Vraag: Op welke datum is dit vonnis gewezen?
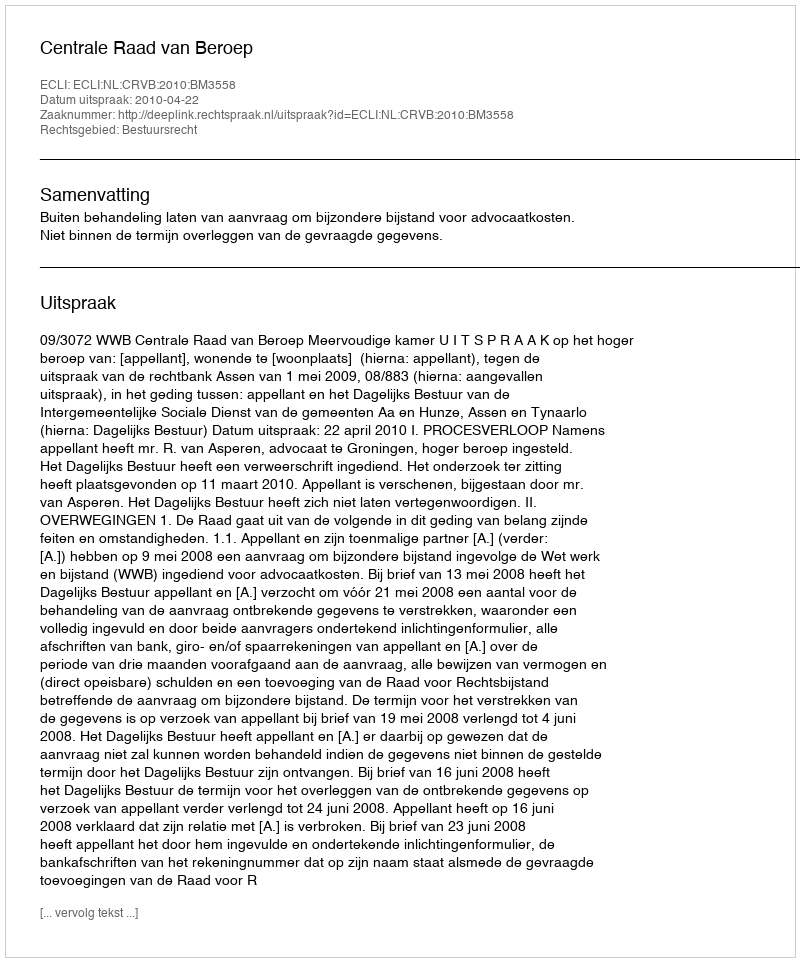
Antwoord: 2010-04-22